Madras plague regulations in force outside the Presidency town - Volume 3
Disease focus: Plague
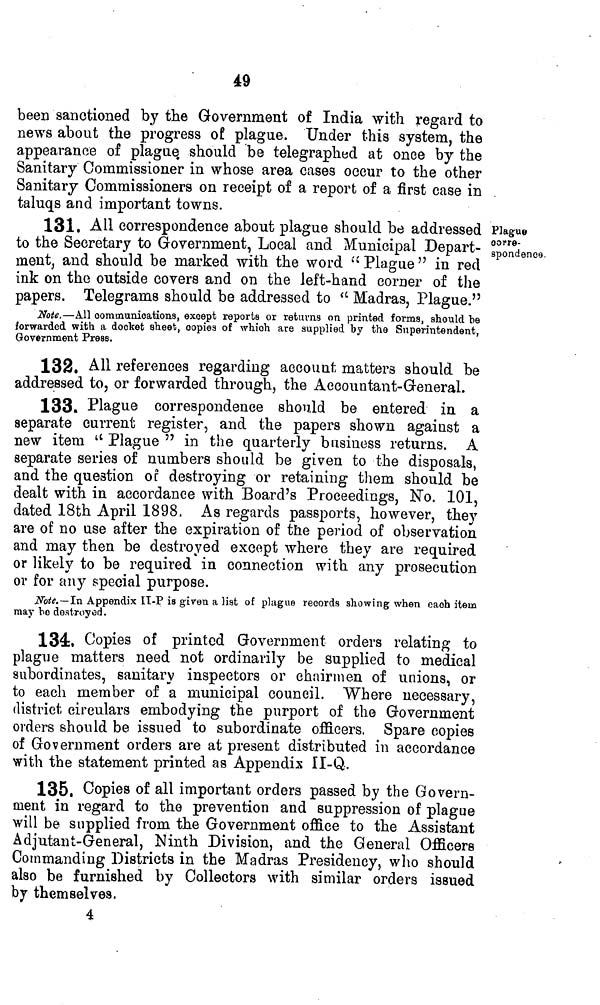
49
been sanctioned by the Government of India with regard to
news about the progress of plague. Under this system, the
appearance of plague, should be telegraphed at once by the
Sanitary Commissioner in whose area cases occur to the other
Sanitary Commissioners on receipt of a report of a first case in
taluqs and important towns.
131. All correspondence about plague should be addressed
to the Secretary to Government, Local and Municipal Depart-
ment, and should be marked with the word k/i Plague " in red
ink on the outside covers and on the left-hand corner of the
papers. Telegrams should be addressed to " Madras, Plague."
Note.—All communications, except reports or returns on printed forma, should be
forwarded with a docket sheet, copies of which are supplied by the Superintendent,
Government Press.
Plague
corre-
spondence
132. All references regarding account matters should be
addressed to, or forwarded through, the Accountant-General.
133. Plague correspondence should be entered in a
separate current register, and the papers shown against a
new item " Plague " in the quarterly business returns. A
separate series of numbers should be given to the disposals,
and the question of destroying or retaining them should be
dealt with in accordance with Board's Proceedings, No. 101,
dated 18th April 1898. As regards passports, however, they
are of no use after the expiration of the period of observation
and may then be destroyed except where they are required
or likely to be required in connection with any prosecution
or for any special purpose.
Note.—In Appendix IT-P is given a list of plague records showing when each item
may he destroyed.
134:. Copies of printed Government orders relating to
plague matters need not ordinarily be supplied to medical
subordinates, sanitary inspectors or chairmen of unions, or
to each member of a municipal council. Where necessary,
district circulars embodying the purport of the Government
orders should be issued to subordinate officers. Spare copies
of Government orders are at present distributed in accordance
with the statement printed as Appendix II-Q.
135. Copies of all important orders passed by the Govern-
ment in regard to the prevention and suppression of plague
will be supplied from the Government office to the Assistant
Adjutant-General, Ninth Division, and the General Officers
Commanding Districts in the Madras Presidency, who should
also be furnished by Collectors with similar orders issued
by themselves.
4